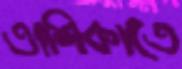
তাশিকাতে